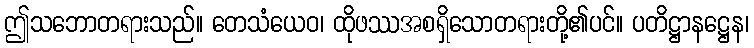
ဤသဘောတရားသည်။ တေသံယေဝ၊ ထိုဖဿအစရှိသောတရားတို့၏ပင်။ ပတိဋ္ဌာနဋ္ဌေန၊